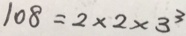
1 0 8 = 2 \times 2 \times 3 ^ { 3 }